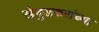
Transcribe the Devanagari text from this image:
खेबुडकरांच्या